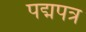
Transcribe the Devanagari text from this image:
पद्मपत्र